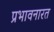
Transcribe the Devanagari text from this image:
प्रभावनारत